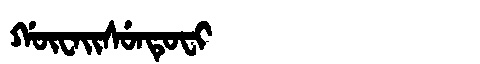
Manchu: ᡤᡡᠸᠠᡳᠰᡠᠨᡨᡠᠸᡳ
Romanization: GŪWAISUNTUFI